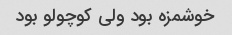
خوشمزه بود ولی کوچولو بود